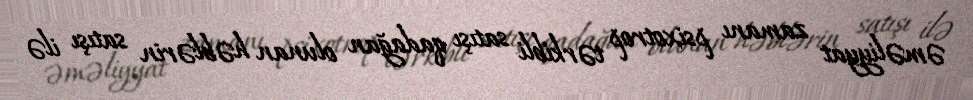
əməliyyat zamanı psixotrop tərkibli satışı qadağan olunan həblərin satışı ilə